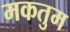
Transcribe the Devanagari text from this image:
मकतुम